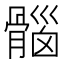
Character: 𮪱